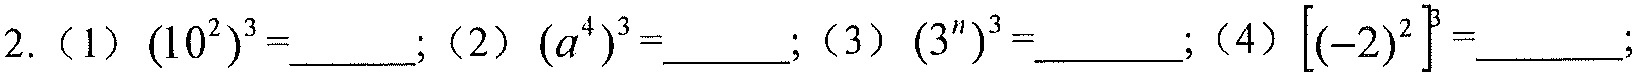
2.（1）\((10^{2})^{3}=\underline{\quad\quad}\);（2）\((a^{4})^{3}=\underline{\quad\quad}\);（3）\((3^{n})^{3}=\underline{\quad\quad}\);（4）\(\left[(-2)^{2}\right]^{3}=\underline{\quad\quad}\);